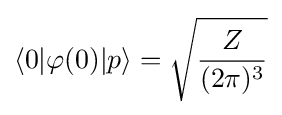
\langle 0|\varphi (0)|p\rangle ={\sqrt {\frac {Z}{(2\pi )^{3}}}}